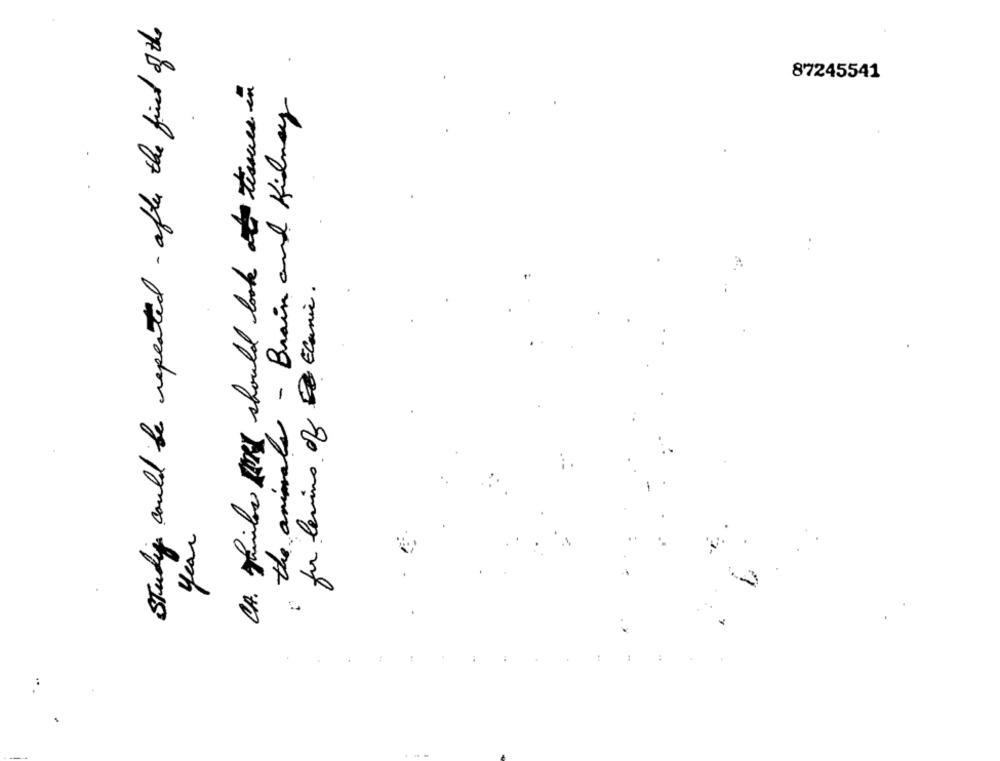
Stadig could be repeated - after the fried of the
CA. While PORK should look at tissues in
87245541
the animals - Brain and Kidney
for levins of Econic.
year